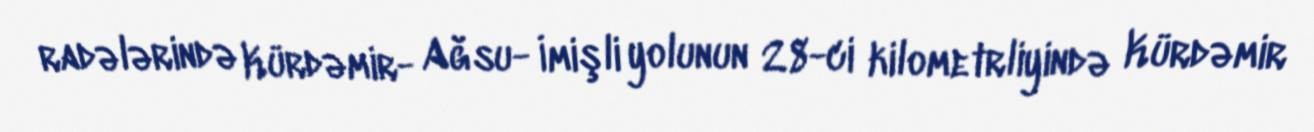
radələrində Kürdəmir- Ağsu- İmişli yolunun 28-ci kilometrliyində Kürdəmir